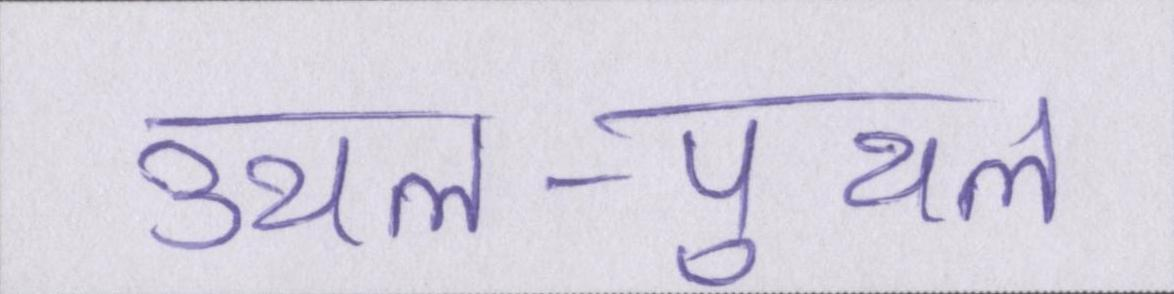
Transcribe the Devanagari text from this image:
उथल-पुथल